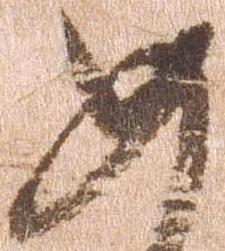
如